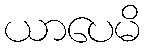
ယာပေမိ